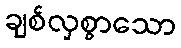
ချစ်လှစွာသော